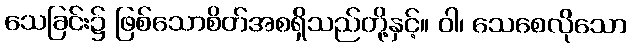
သေခြင်း၌ ဖြစ်သောစိတ်အစရှိသည်တို့နှင့်။ ဝါ၊ သေစေလိုသော